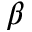
_ \beta